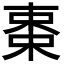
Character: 𬃅